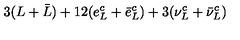
3 ( L + \bar { L } ) + 1 2 ( e _ { L } ^ { c } + \bar { e } _ { L } ^ { c } ) + 3 ( \nu _ { L } ^ { c } + \bar { \nu } _ { L } ^ { c } )